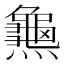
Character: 𪚰